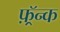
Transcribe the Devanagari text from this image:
फ़्रॅन्क